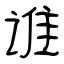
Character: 谁